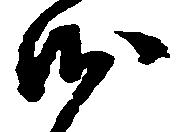
沙